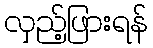
လှည့်ဖြားရန်